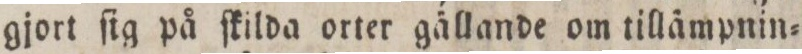
gjort ſig på ſkilda orter gällande om tillämpnin=